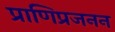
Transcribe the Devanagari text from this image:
प्राणिप्रजनन